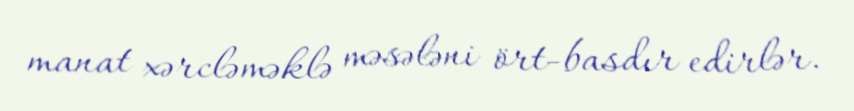
manat xərcləməklə məsələni ört-basdır edirlər.